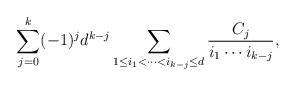
\begin{align*}\sum_{j=0}^{k}(-1)^j d^{k-j}\sum_{1\leq i_1<\dots<i_{k-j}\leq d}\frac{C_j}{i_1 \cdots i_{k-j}},\end{align*}